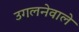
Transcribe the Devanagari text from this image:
उगलनेवाले